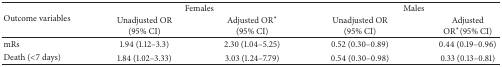
<table><thead><tr><td rowspan="2"><b>Outcome variables</b></td><td colspan="2"><b>Females</b></td><td colspan="2"><b>Males</b></td></tr><tr><td><b>Unadjusted OR(95% CI)</b></td><td><b>Adjusted OR* (95% CI)</b></td><td><b>Unadjusted OR(95% CI)</b></td><td><b>Adjusted OR*(95% CI)</b></td></tr></thead><tbody><tr><td>mRs</td><td>1.94 (1.12–3.3)</td><td>2.30 (1.04–5.25)</td><td>0.52 (0.30–0.89)</td><td>0.44 (0.19–0.96)</td></tr><tr><td>Death (&lt;7 days)</td><td>1.84 (1.02–3.33)</td><td>3.03 (1.24–7.79)</td><td>0.54 (0.30–0.98)</td><td>0.33 (0.13–0.81)</td></tr></tbody></table>